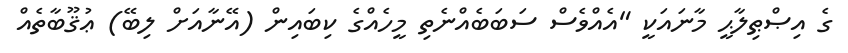
ގެ އިޞްޠިލާޙީ މާނައަކީ "އެއްވެސް ސަބަބެއްނެތި މީހެއްގެ ކިބައިން (އޭނާއަށް ލިބޭ) ޢުޤޫބާތެއް